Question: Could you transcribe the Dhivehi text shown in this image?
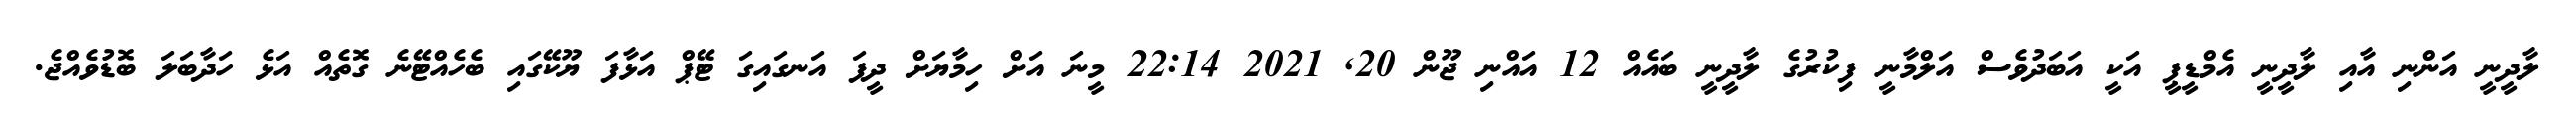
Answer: ލާދީނީ އަންނި އާއި ލާދީނީ އެމްޑީޕީ އަކީ އަބަދުވެސް އަލްމާނީ ފިކުރުގެ ލާދީނީ ބައެއް 12 އައްނި ޖޫން 20, 2021 22:14 މީނަ އަށް ހިމާޔަށް ދީފަ އަނގައިގަ ޓޭޕް އަޅާފަ ޔޫކޭގައި ބެހެއްޓޭނެ ގޮތެއް އަޅެ ހަދާބަލަ ބޮޑުވެއްޖެ.